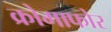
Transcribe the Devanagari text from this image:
क्रोमाफोर